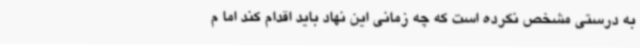
به درستی مشخص نکرده است که چه زمانی این نهاد باید اقدام کند اما م